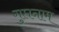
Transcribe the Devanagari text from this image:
गुप्तनाम